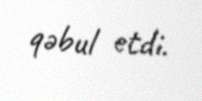
qəbul etdi.